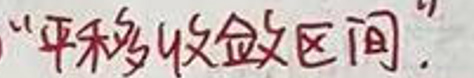
“单调收敛区间.”